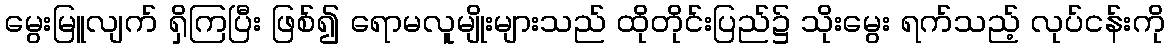
မွေးမြူလျက် ရှိကြပြီး ဖြစ်၍ ရောမလူမျိုးများသည် ထိုတိုင်းပြည်၌ သိုးမွေး ရက်သည့် လုပ်ငန်းကို